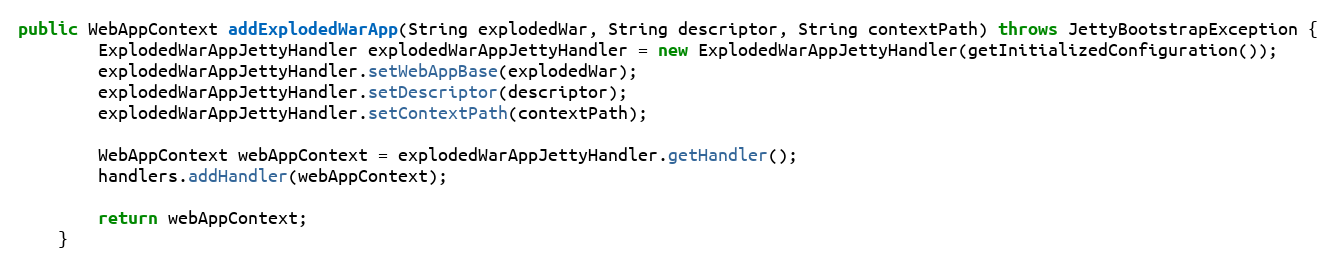
Language: Java
public WebAppContext addExplodedWarApp(String explodedWar, String descriptor, String contextPath) throws JettyBootstrapException {
        ExplodedWarAppJettyHandler explodedWarAppJettyHandler = new ExplodedWarAppJettyHandler(getInitializedConfiguration());
        explodedWarAppJettyHandler.setWebAppBase(explodedWar);
        explodedWarAppJettyHandler.setDescriptor(descriptor);
        explodedWarAppJettyHandler.setContextPath(contextPath);

        WebAppContext webAppContext = explodedWarAppJettyHandler.getHandler();
        handlers.addHandler(webAppContext);

        return webAppContext;
    }